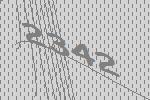
2342